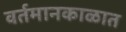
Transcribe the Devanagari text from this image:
वर्तमानकाळात